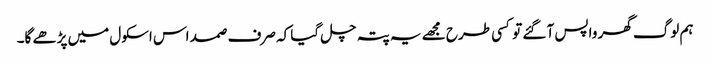
ہم لوگ گھر واپس آ گئے تو کسی طرح مجھے یہ پتہ چل گیا کہ صرف صمد اس اسکول میں پڑھے گا۔